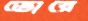
ভোরে